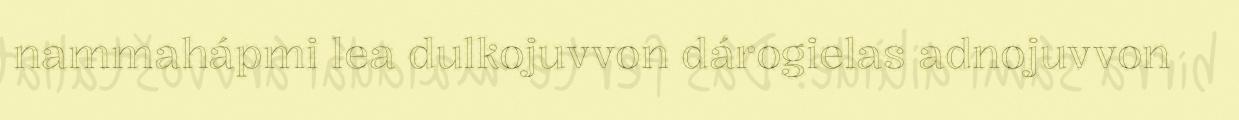
nammahápmi lea dulkojuvvon dárogielas adnojuvvon